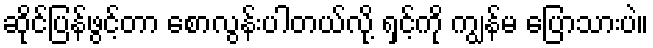
ဆိုင်ပြန်ဖွင့်တာ စောလွန်းပါတယ်လို့ ရှင့်ကို ကျွန်မ ပြောသားပဲ။